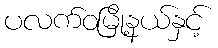
ပလက်ဝမြို့နယ်နှင့်